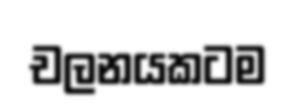
චලනයකටම